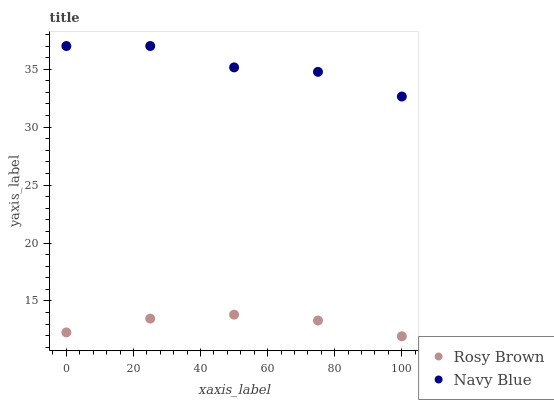
| xaxis_label | Rosy Brown | Navy Blue |
 | --- | --- | --- |
 | 0 | 12.3 | 37 |
 | 25 | 13.5 | 37 |
 | 50 | 13.8 | 35.2 |
 | 75 | 13.3 | 34.8 |
 | 100 | 12 | 32.6 |